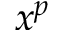
x ^ { p }